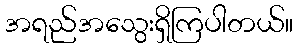
အရည်အသွေးရှိကြပါတယ်။